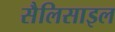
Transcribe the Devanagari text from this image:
सैलिसाइल